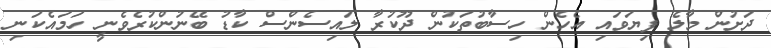
ދަށުން މާލެ ފިޔަވައި އެހެން ހިސާބުތަކުން ދޫކުރާ ލައިސެންސް ކާޑު ބޭނުންކުރެވެނީ ހަމައެކަނި